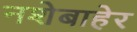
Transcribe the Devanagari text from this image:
नशेबाहेर